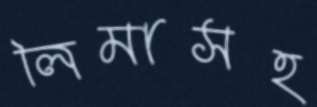
লিমাসহ